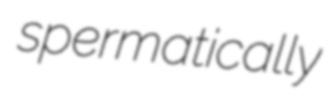
spermatically